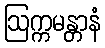
ဩက္ကမန္တာနံ